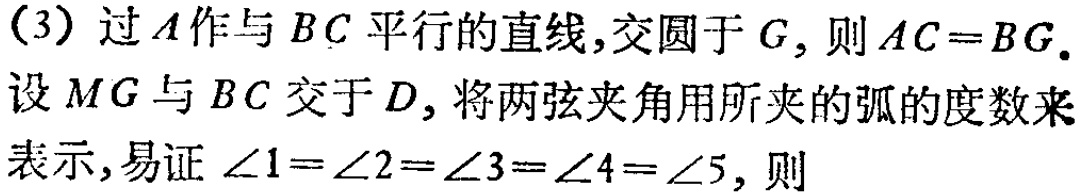
(3) 过\(A\)作与\(BC\)平行的直线,交圆于\(G\), 则\(AC = BG\).
设\(MG\)与\(BC\)交于\(D\), 将两弦夹角用所夹的弧的度数来表示,易证\(\angle1=\angle2=\angle3=\angle4=\angle5\), 则